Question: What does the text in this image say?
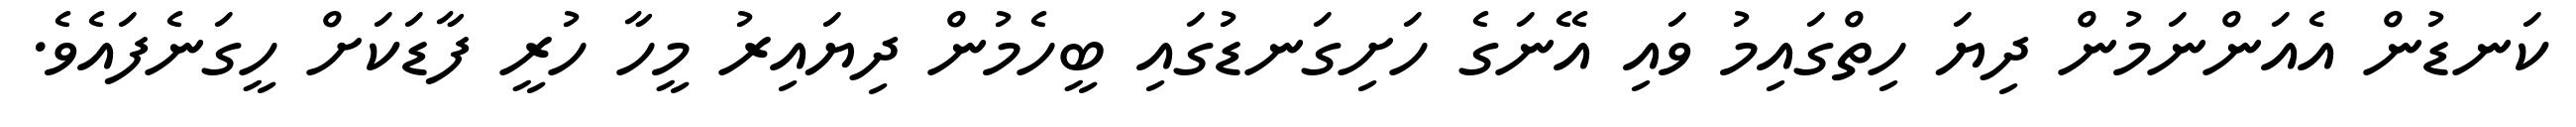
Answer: ކަނޑުން އެއަންނަމުން ދިޔަ ހިތްގައިމު ވައި އޭނަގެ ހަށިގަނޑުގައި ބީހެމުން ދިޔައިރު މީހާ ހުރީ ފާޑަކަށް ހީގަނެފައެވެ.